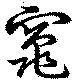
竈